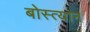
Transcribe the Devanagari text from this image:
बोस्त्यान